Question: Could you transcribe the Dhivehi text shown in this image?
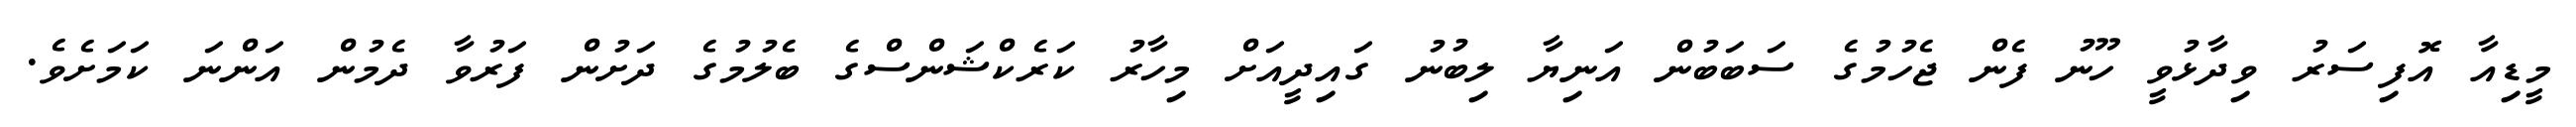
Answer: މީޑިއާ އޮފިސަރު ވިދާޅުވީ ހޫނު ފެން ޖެހުމުގެ ސަބަބުން އަނިޔާ ލިބުނު ގައިދީއަށް މިހާރު ކަރެކްޝަންސްގެ ބެލުމުގެ ދަށުން ފަރުވާ ދެމުން އަންނަ ކަމަށެވެ.